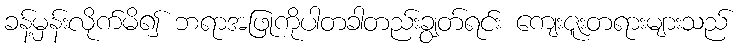
ခန့်မှန်းလိုက်မိ၍ ဘရာအဖြုကိုပါတခါတည်းချွတ်ရင်း ကျေးဇူးတရားများသည်